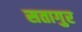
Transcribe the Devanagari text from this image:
सतागुर